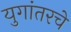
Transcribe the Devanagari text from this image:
युगांतरचे